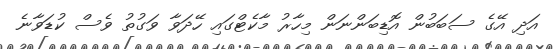
އަދި އޭގެ ސަބަބުން އޮޑިބަންނަން މިހާރު މާކެޓްގައި ހޭދަވާ ވަގުތު ވެސް ކުޑަވާނެ